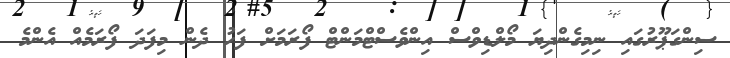
ސިންގަޕޫރުގައި ނިމިގެންދިޔަ މޯލްޑިވްސް އިންވެސްޓްމަންޓް ފޯރަމަށް ފަހު ދެން މިފަދަ ފޯރަމެއް އެންމެ